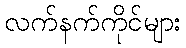
လက်နက်ကိုင်များ